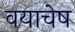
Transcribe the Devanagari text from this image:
वयाचेष